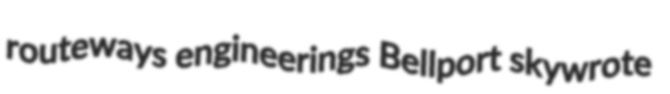
routeways engineerings Bellport skywrote